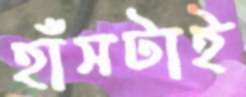
হাঁসটাই